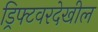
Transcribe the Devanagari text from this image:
ड्रिफ्टवरदेखील